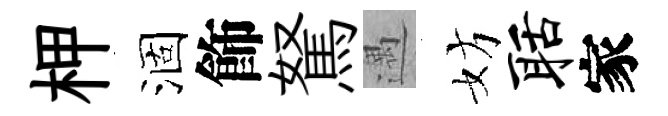
柙涸飾駑遇妨聒家